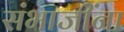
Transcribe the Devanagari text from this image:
संभाजींना